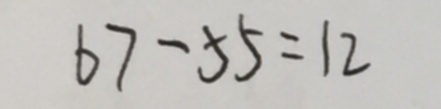
6 7 - 5 5 = 1 2